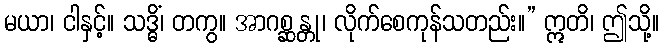
မယာ၊ ငါနှင့်။ သဒ္ဓိံ၊ တကွ။ အာဂစ္ဆန္တု၊ လိုက်စေကုန်သတည်း။” ဣတိ၊ ဤသို့။